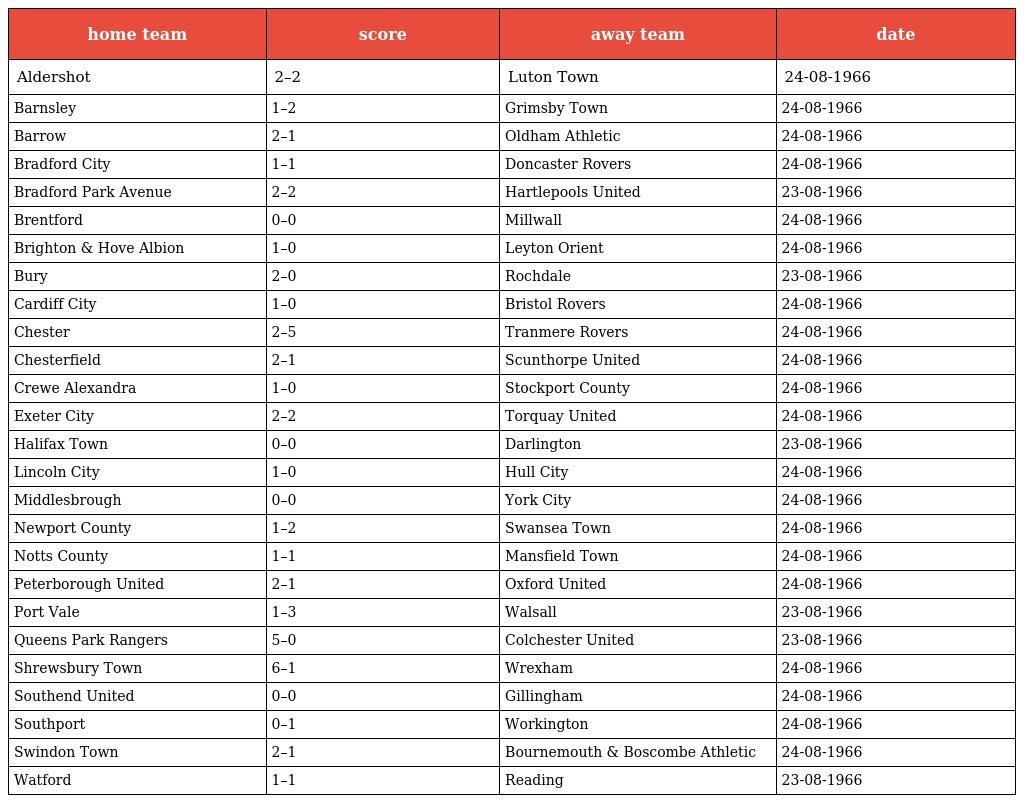
| home team | score | away team | date |
 | --- | --- | --- | --- |
 | Aldershot | 2–2 | Luton Town | 24-08-1966 |
 | Barnsley | 1–2 | Grimsby Town | 24-08-1966 |
 | Barrow | 2–1 | Oldham Athletic | 24-08-1966 |
 | Bradford City | 1–1 | Doncaster Rovers | 24-08-1966 |
 | Bradford Park Avenue | 2–2 | Hartlepools United | 23-08-1966 |
 | Brentford | 0–0 | Millwall | 24-08-1966 |
 | Brighton & Hove Albion | 1–0 | Leyton Orient | 24-08-1966 |
 | Bury | 2–0 | Rochdale | 23-08-1966 |
 | Cardiff City | 1–0 | Bristol Rovers | 24-08-1966 |
 | Chester | 2–5 | Tranmere Rovers | 24-08-1966 |
 | Chesterfield | 2–1 | Scunthorpe United | 24-08-1966 |
 | Crewe Alexandra | 1–0 | Stockport County | 24-08-1966 |
 | Exeter City | 2–2 | Torquay United | 24-08-1966 |
 | Halifax Town | 0–0 | Darlington | 23-08-1966 |
 | Lincoln City | 1–0 | Hull City | 24-08-1966 |
 | Middlesbrough | 0–0 | York City | 24-08-1966 |
 | Newport County | 1–2 | Swansea Town | 24-08-1966 |
 | Notts County | 1–1 | Mansfield Town | 24-08-1966 |
 | Peterborough United | 2–1 | Oxford United | 24-08-1966 |
 | Port Vale | 1–3 | Walsall | 23-08-1966 |
 | Queens Park Rangers | 5–0 | Colchester United | 23-08-1966 |
 | Shrewsbury Town | 6–1 | Wrexham | 24-08-1966 |
 | Southend United | 0–0 | Gillingham | 24-08-1966 |
 | Southport | 0–1 | Workington | 24-08-1966 |
 | Swindon Town | 2–1 | Bournemouth & Boscombe Athletic | 24-08-1966 |
 | Watford | 1–1 | Reading | 23-08-1966 |